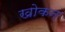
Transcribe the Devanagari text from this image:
खोकन